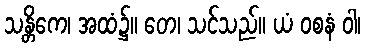
သန္တိကေ၊ အထံ၌။ တေ၊ သင်သည်။ ယံ ဝစနံ ဝါ၊